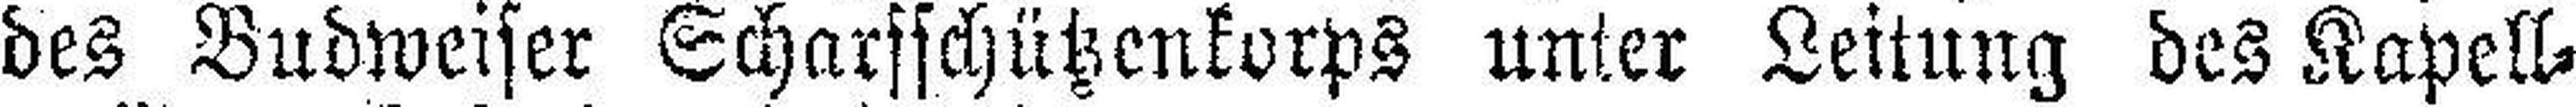
des Budweiser Scharsschützenkorps unter Leitung des Kapell¬